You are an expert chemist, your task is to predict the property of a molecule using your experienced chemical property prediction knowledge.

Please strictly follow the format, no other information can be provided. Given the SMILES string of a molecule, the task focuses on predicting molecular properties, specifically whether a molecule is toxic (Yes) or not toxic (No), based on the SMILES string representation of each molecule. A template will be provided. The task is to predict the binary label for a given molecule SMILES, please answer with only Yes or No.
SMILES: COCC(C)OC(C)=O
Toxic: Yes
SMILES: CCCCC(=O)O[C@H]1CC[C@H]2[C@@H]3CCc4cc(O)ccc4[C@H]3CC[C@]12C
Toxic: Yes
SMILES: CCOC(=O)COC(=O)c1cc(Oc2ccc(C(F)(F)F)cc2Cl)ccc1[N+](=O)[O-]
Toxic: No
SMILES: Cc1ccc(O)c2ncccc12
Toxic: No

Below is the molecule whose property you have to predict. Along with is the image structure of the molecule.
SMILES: O=C(O)c1cc(C(=O)O)cc(C(=O)O)c1
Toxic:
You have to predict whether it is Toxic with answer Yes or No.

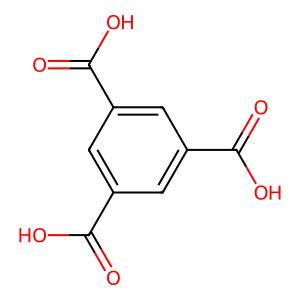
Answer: No